Report of the Bombay Veterinary College
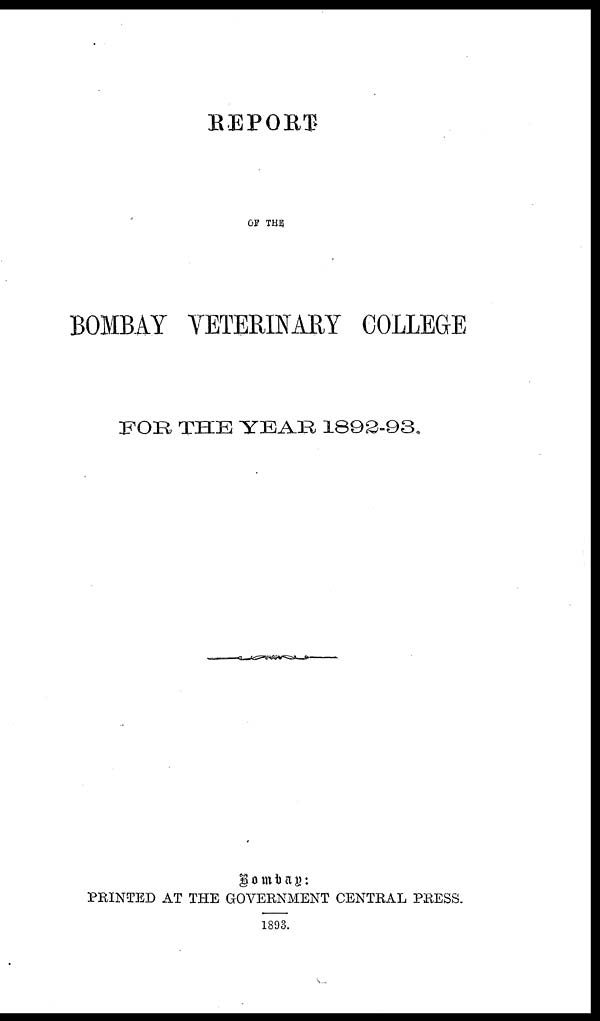
REPORT
OF THE
BOMBAY VETERINARY COLLEGE
FOR THE YEAR 1892-93.
Bombay:
PRINTED AT THE GOVERNMENT CENTRAL PRESS.
1893.